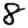
Digit: 8